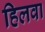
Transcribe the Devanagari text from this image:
हिलवा